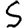
Digit: 5